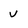
Character: v